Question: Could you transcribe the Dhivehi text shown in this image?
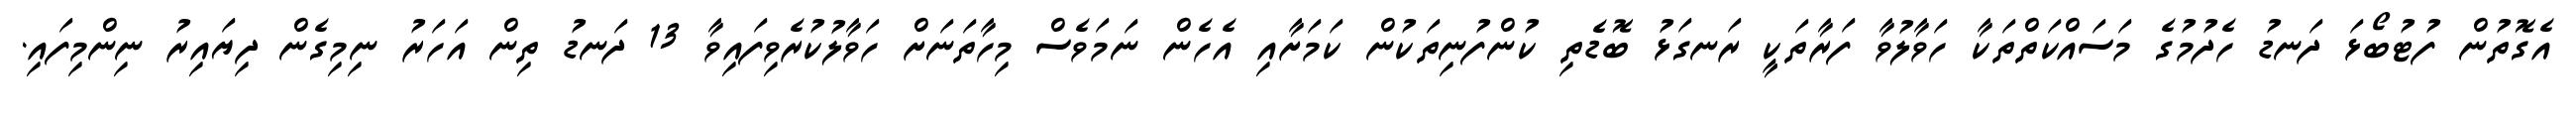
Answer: އެގޮތުން ފުޓުބޯޅަ ދަނޑު ހެދުމުގެ މަސައްކަތްތަކާ ހަވާލުވާ ފަރާތަކީ ރަނގަޅު ބޮޑެތި ކުންފުނިތަކުން ކަމަށާއި އެހެން ނަމަވެސް މިހާތަނަށް ހަވާލުކުރެވިފައިވާ 13 ދަނޑު ތިން އަހަރު ނިމިގެން ދިޔައިރު ނިންމިފައި.